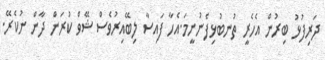
ދަރިފުޅު ބިރުން އެހެރީ ތުނބުޅިފެނުނީމަ.އެހާ ފައިސާ ލިބޭއިރުވެސް ޝޭވް ކުރަން ދާން ނުކެރޭ.